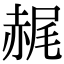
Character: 䞔